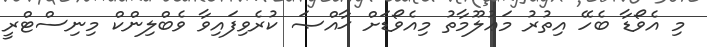
މި އެވޯޑާ ބެހޭ އިތުރު މަޢުލޫމާތު މިއެވޯޑަށް ޚާއްޞަ ކުރެވިފައިވާ ވެބްލިންކް މިނިސްޓްރީ